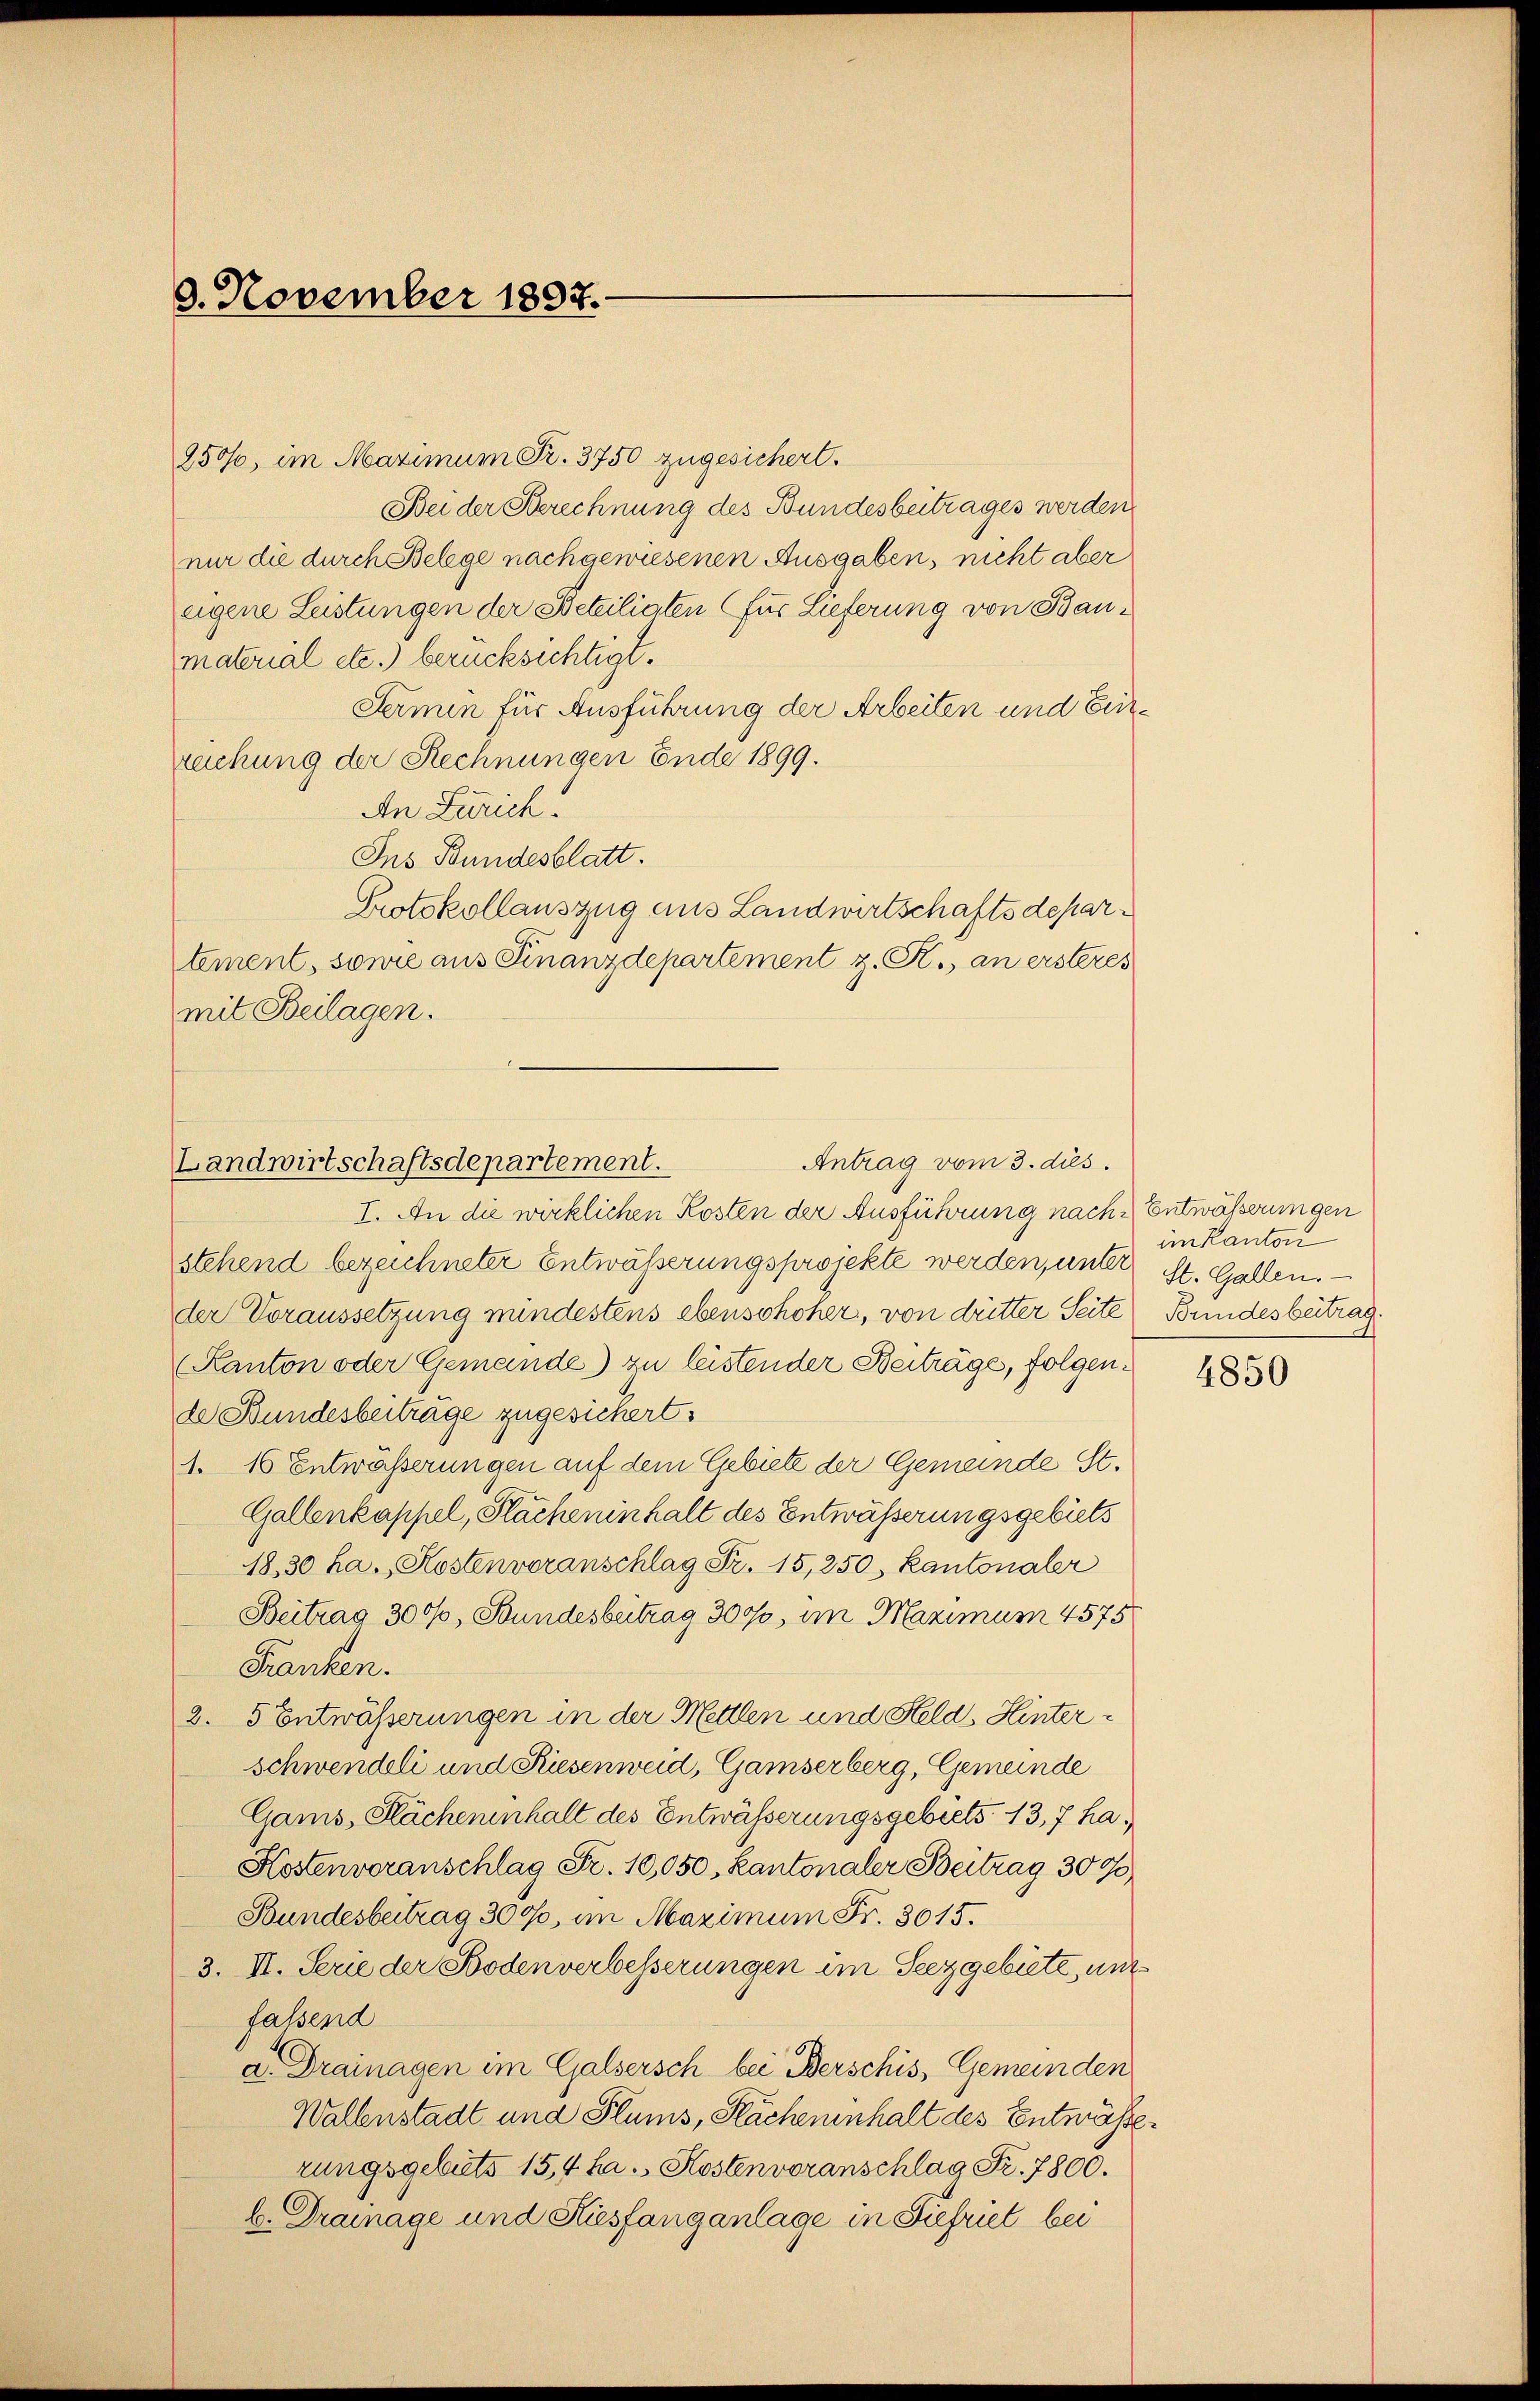
8. November 1897.

250, im Maximum Fr. 3750 zugesichert.
Bei der Berechnung des Bundesbeitrages werden
nur die durch Belege nach gewiesenen Ausgaben, nicht aber
eigene Leistungen der Beteiligten für Lieferung von Baumaterial etc.) berücksichtigt.
Fermin für Ausführung der Arbeiten und Einreichung der Rechnungen Ende 1899.
An Zürich.
Ins Bundesblatt.
Protokollauszug aus Landwirtschaftsdepartement, sowie aus Finanzdepartement z. R., an ersteres
mit Beilagen.

Antrag vom 3. dies
Landwirtschaftsdepartement.

I. An die wirklichen Kosten der Ausführung nach Entwässerungen
stehend bezeichneter Entwässerungsprojekte werden, unter St. Gallen.
der Voraussetzung mindestens ebenschöher, von dutter Seite Bundesbeitrag.
Kanton oder Gemande) zu leistender Beiträge, folgende Bundesbeiträge zugesichert.
1. 16 Entwässerungen auf dem Gebiete der Gemeinde St.
Gallenkappel, Flacheninhalt des Entwässerungsgebiets
1830 ha. Kostenvoranschlag Fr. 15, 250, Kantonaler
Beitrag 300%, Bundesbetrag 3000, im Maximum 4575.
Franken.
2. 5 Entwässerungen in der Mettlen und Held, Hinter¬
Schwendeli und Kiesenweid, Gamserberg, Gemeinde
Gams, Flächeninhalt des Entwässerungsgebiets 13, 7 ha¬
Kostenvoranschlag Fr. 10,050, kantonaler Beitrag 3000
Bundesbeitrag 3000, im Maximum Fr. 3015.
3. II. Serie der Bodenverbesserungen im Seez gebiete, und
fassend
a. Dramagen im Galsersch bei Berschis, Gemeinden
Wallenstadt und Flums, Sacheninhalt des Entwässerungsgebiets 15,4 ha. Kostenvoranschlag Fr. 7806.
b. Drainage und Kiesfang anlage in Siefriet bei

im Kanton

4850